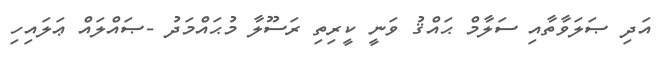
އަދި ޞަލަވާތާއި ސަލާމް ޙައްޤު ވަނީ ކީރިތި ރަސޫލާ މުޙައްމަދު -ޞައްލައް ޢަލައިހި